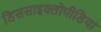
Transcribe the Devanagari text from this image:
डिससाइक्लोपीडिया